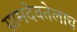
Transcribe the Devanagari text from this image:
ग्रामदेवतेलाच